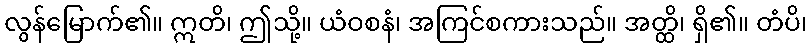
လွန်မြောက်၏။ ဣတိ၊ ဤသို့။ ယံဝစနံ၊ အကြင်စကားသည်။ အတ္ထိ၊ ရှိ၏။ တံပိ၊